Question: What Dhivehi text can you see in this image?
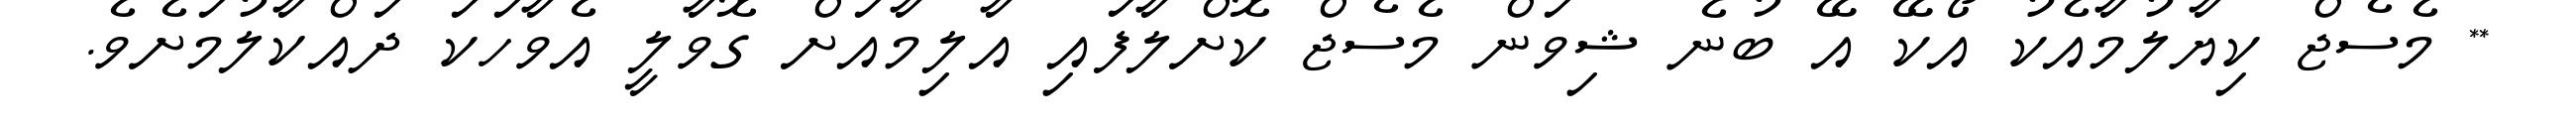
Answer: ** މެސެޖް ކިޔާލުމާއެކު އޯކޭ އޭ ބުނެ ޝިވަން މެސެޖް ކޮށްލާފައި އާލިމާއަށް ގޮވާލީ އެވާހަކަ ދައްކާލުމަށެވެ.